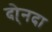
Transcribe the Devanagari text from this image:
दो्नदा